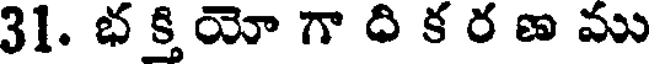
31. భ క్తి యో గా ది క ర ణ ము